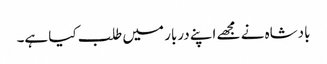
بادشاہ نے مجھے اپنے دربار میں طلب کیا ہے۔